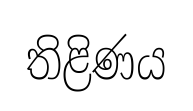
තිළිණය